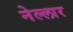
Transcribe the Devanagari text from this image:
नेल्‍लार